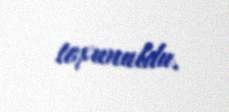
toxunuldu.